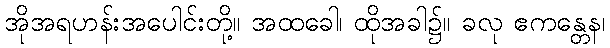
အိုအရဟန်းအပေါင်းတို့။ အထခေါ၊ ထိုအခါ၌။ ခလု ဧကန္တေန၊